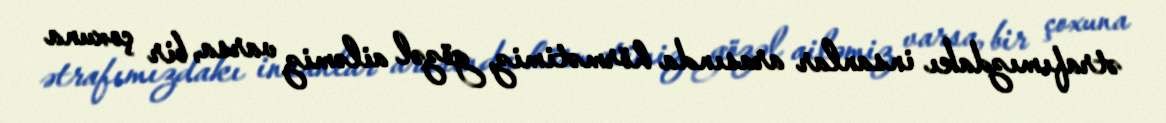
ətrafımızdakı insanlar arasında hörmətimiz, gözəl ailəmiz varsa, bir çoxuna